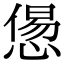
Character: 𢞫